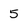
Character: 5